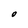
Character: O